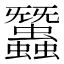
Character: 𧕽